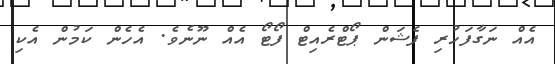
އެއް ނަގާފަހުރި ފެޝަން ޕޯޓްރެއިޓް ފޯޓޯ އެއް ނޫނެވެ. އެހެން ކަމުން އެކި